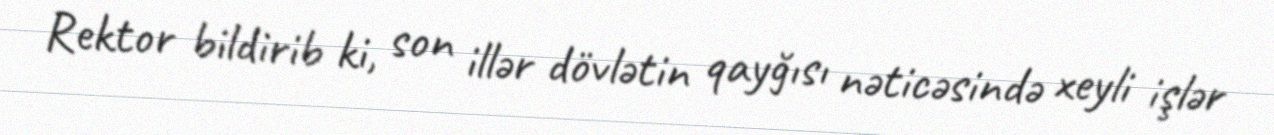
Rektor bildirib ki, son illər dövlətin qayğısı nəticəsində xeyli işlər